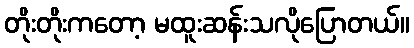
တိုးတိုးကတော့ မထူးဆန်းသလိုပြောတယ်။